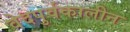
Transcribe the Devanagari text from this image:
वेदपुर्वकालीन